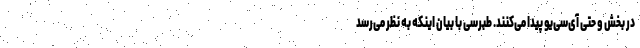
در بخش و حتی آی‌سی‌یو پیدا می‌کنند. طبرسی با بیان اینکه به نظر می‌رسد